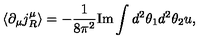
\langle \partial _ { \mu } j _ { R } ^ { \mu } \rangle = - \frac { 1 } { 8 \pi ^ { 2 } } \mathrm { I m } \int d ^ { 2 } \theta _ { 1 } d ^ { 2 } \theta _ { 2 } u ,